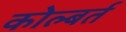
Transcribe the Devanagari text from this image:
कोल्बर्त